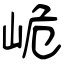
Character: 峗